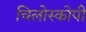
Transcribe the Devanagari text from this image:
चिलोस्कोपी